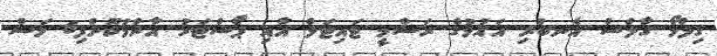
ގިލްމޯ ގާލްސް އެނބުރި އައުމުގެ ރަސްމީ ޓައިޓަލް އާއި ޕޯސްޓަރު އާންމުކޮށްފި6 މަސް